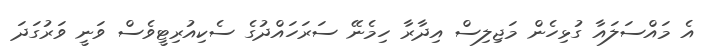
އެ މައްސަލައާ ގުޅިހެން މަޖިލިސް އިދާރާ ހިމެނޭ ސަރަހައްދުގެ ސެކިއުރިޓީވެސް ވަނީ ވަރުގަދަ